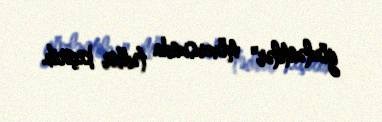
gözləntilər" mövzusunda tədbir keçirib.